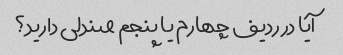
آیا در ردیف چهارم یا پنجم صندلی دارید؟